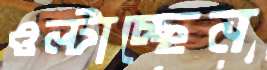
ওল্টাচ্ছেন